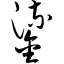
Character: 鎏